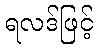
ရလဒ်ဖြင့်